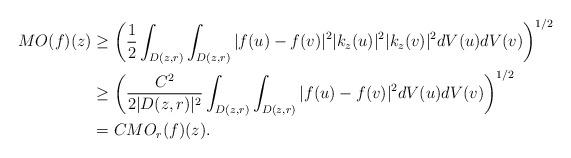
LaTeX: \begin{align*}MO(f)(z)&\geq \left(\frac{1}{2} \int_{D(z,r)} \int_{D(z,r)} |f(u)-f(v)|^2 |k_z(u)|^2 |k_z(v)|^2 dV(u)dV(v)\right)^{1/2}\\&\geq \left(\frac{C^2}{2|D(z,r)|^2} \int_{D(z,r)} \int_{D(z,r)} |f(u)-f(v)|^2 dV(u) dV(v)\right)^{1/2}\\&= C MO_r(f)(z).\end{align*}